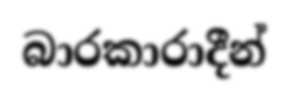
බාරකාරාදීන්